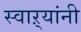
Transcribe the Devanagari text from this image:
स्वाऱ्यांनी